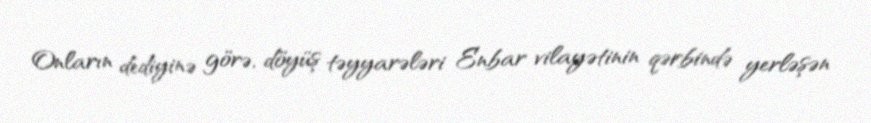
Onların dediyinə görə, döyüş təyyarələri Enbar vilayətinin qərbində yerləşən